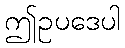
ဤဥပဒေပါ